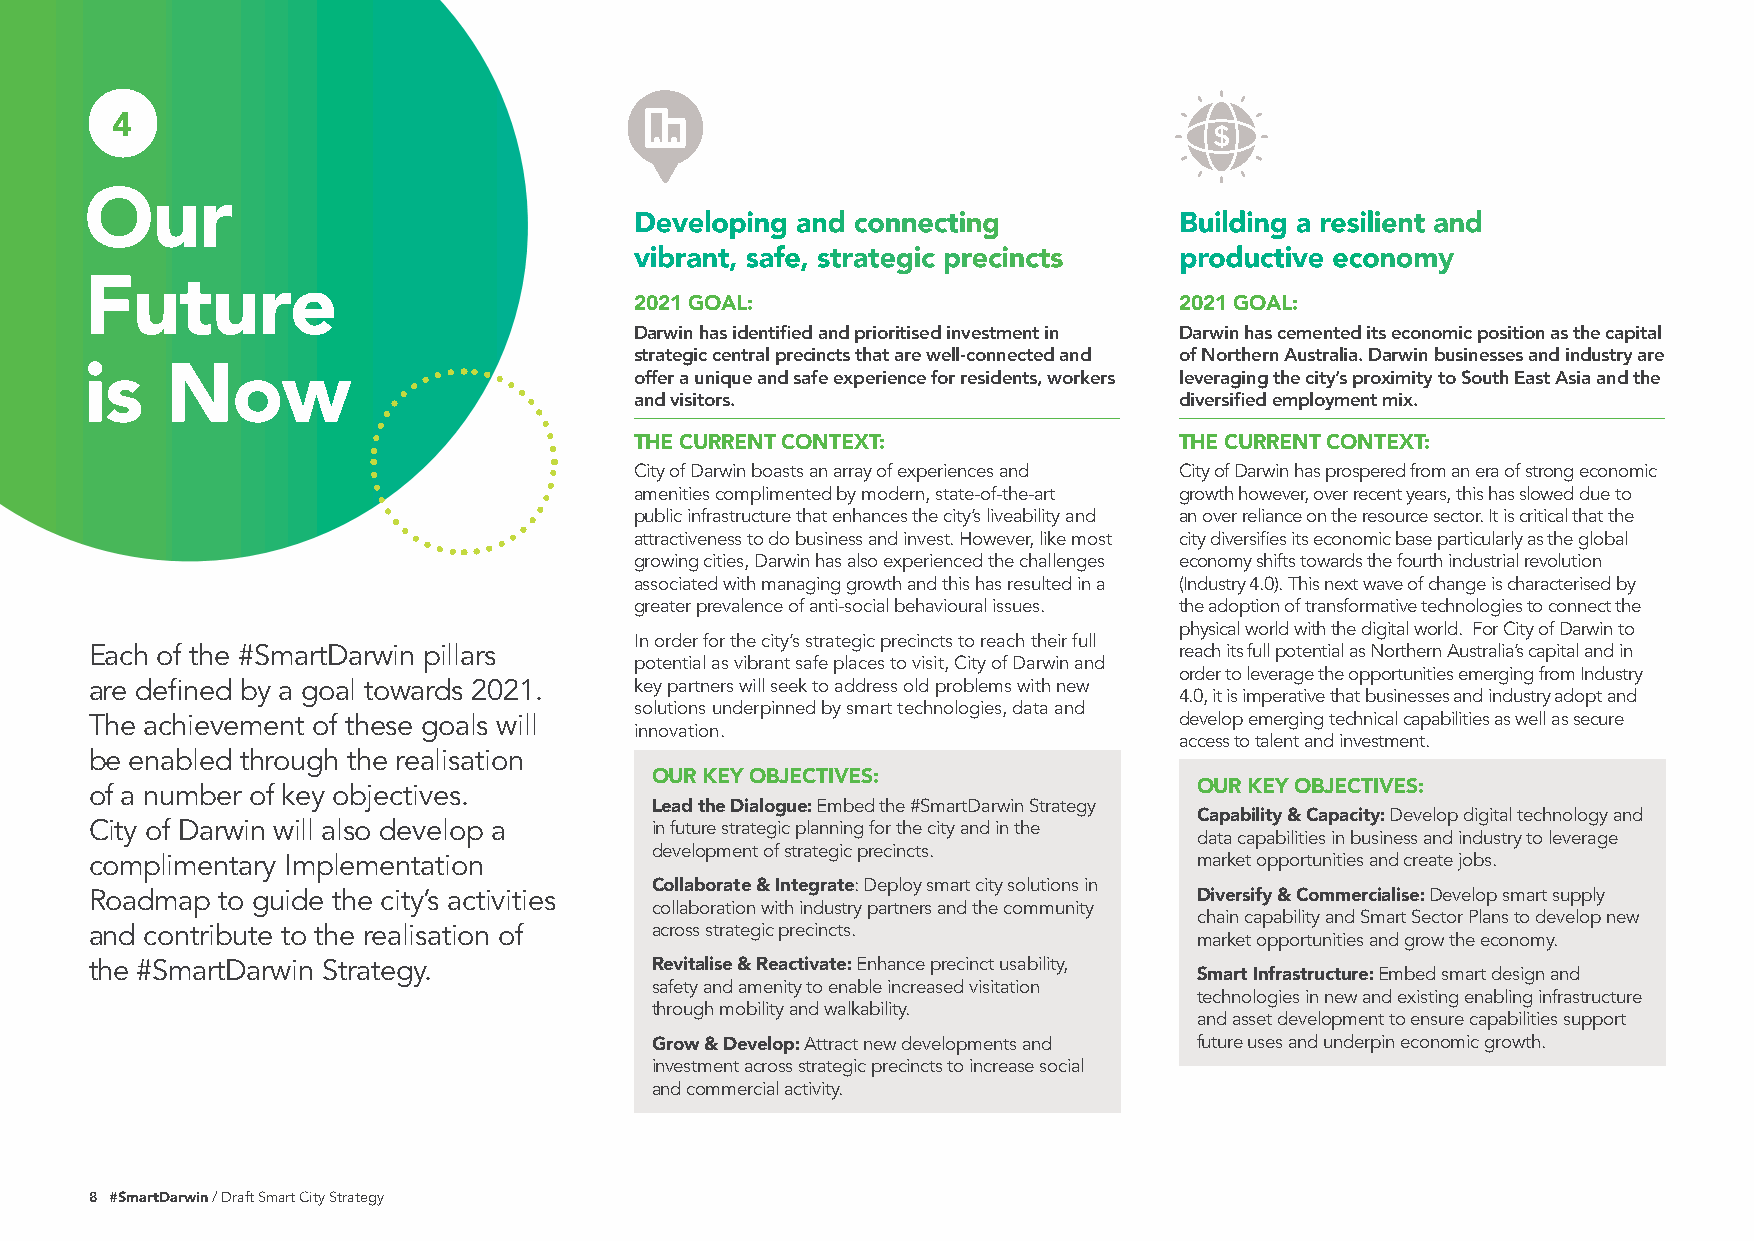
4
 Our
 Developing and connecting           Building a resilient and
 vibrant, safe, strategic precincts  productive economy
 Future
 2021 GOAL:                          2021 GOAL:
 Darwin has identified and prioritised investment in Darwin has cemented its economic position as the capital
 strategic central precincts that are well-connected and of Northern Australia. Darwin businesses and industry are
 is   Now
 offer a unique and safe experience for residents, workers leveraging the city’s proximity to South East Asia and the
 and visitors.                       diversified employment mix.
 THE CURRENT CONTEXT:                THE CURRENT CONTEXT:
 City of Darwin boasts an array of experiences and City of Darwin has prospered from an era of strong economic
 amenities complimented by modern, state-of-the-art growth however, over recent years, this has slowed due to
 public infrastructure that enhances the city’s liveability and an over reliance on the resource sector. It is critical that the
 attractiveness to do business and invest. However, like most city diversifies its economic base particularly as the global
 growing cities, Darwin has also experienced the challenges economy shifts towards the fourth industrial revolution
 associated with managing growth and this has resulted in a (Industry 4.0). This next wave of change is characterised by
 greater prevalence of anti-social behavioural issues. the adoption of transformative technologies to connect the
 physical world with the digital world. For City of Darwin to
 In order for the city’s strategic precincts to reach their full
 Each of the #SmartDarwin pillars                                        reach its full potential as Northern Australia’s capital and in
 potential as vibrant safe places to visit, City of Darwin and
 order to leverage the opportunities emerging from Industry
 are defined by a goal towards 2021. key partners will seek to address old problems with new
 4.0, it is imperative that businesses and industry adopt and
 solutions underpinned by smart technologies, data and
 The achievement of these goals will                                     develop emerging technical capabilities as well as secure
 innovation.
 access to talent and investment.
 be enabled through the realisation
 OUR KEY OBJECTIVES:
 OUR KEY OBJECTIVES:
 of a number of key objectives.
 Lead the Dialogue: Embed the #SmartDarwin Strategy
 Capability & Capacity: Develop digital technology and
 City of Darwin will also develop a   in future strategic planning for the city and in the
 data capabilities in business and industry to leverage
 development of strategic precincts.
 complimentary Implementation                                             market opportunities and create jobs.
 Collaborate & Integrate: Deploy smart city solutions in
 Roadmap to guide the city’s activities                                   Diversify & Commercialise: Develop smart supply
 collaboration with industry partners and the community
 chain capability and Smart Sector Plans to develop new
 and contribute to the realisation of across strategic precincts.
 market opportunities and grow the economy.
 the #SmartDarwin Strategy.           Revitalise & Reactivate: Enhance precinct usability,
 Smart Infrastructure: Embed smart design and
 safety and amenity to enable increased visitation
 technologies in new and existing enabling infrastructure
 through mobility and walkability.
 and asset development to ensure capabilities support
 Grow & Develop: Attract new developments and future uses and underpin economic growth.
 investment across strategic precincts to increase social
 and commercial activity.
 8 #SmartDarwin / Draft Smart City Strategy